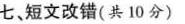
七、短文改错(共10分)